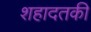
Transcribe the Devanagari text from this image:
शहादतकी